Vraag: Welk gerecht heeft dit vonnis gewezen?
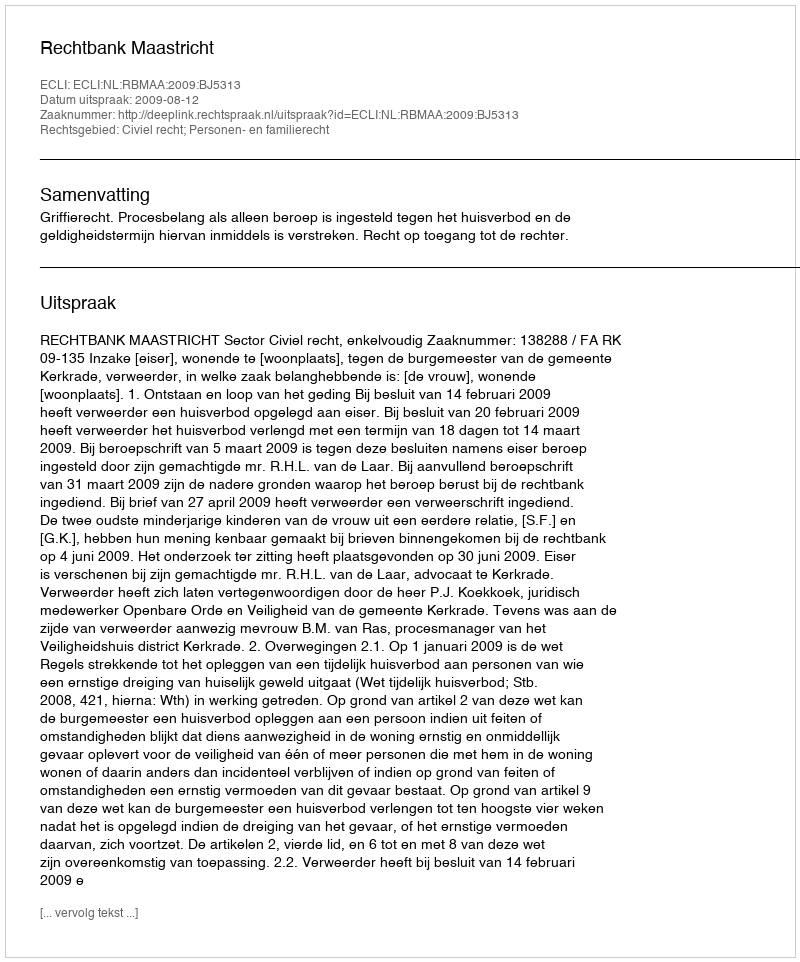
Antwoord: Rechtbank Maastricht